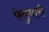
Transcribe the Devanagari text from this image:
फेबुवारी